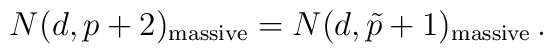
N(d,p+2)_{\rm massive}=N(d,\tilde{p}+1)_{\rm massive}\, .